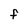
Character: F